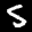
Label: 5